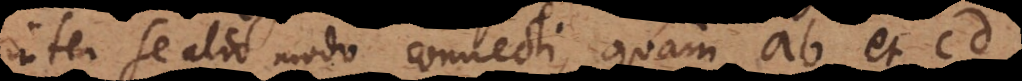
inter se alio modo connecti, quam ab et cd